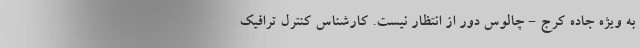
به ویژه جاده کرج - چالوس دور از انتظار نیست. کارشناس کنترل ترافیک